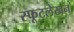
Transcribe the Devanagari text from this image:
स्फूटलेखन